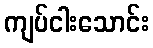
ကျပ်ငါးသောင်း